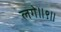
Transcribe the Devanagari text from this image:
लगे॥९॥